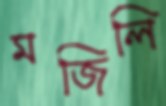
মজিলি